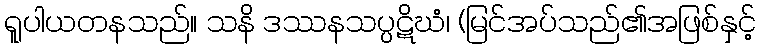
ရူပါယတနသည်။ သနိ ဒဿနသပ္ပဋိဃံ၊ (မြင်အပ်သည်၏အဖြစ်နှင့်